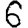
Digit: 6